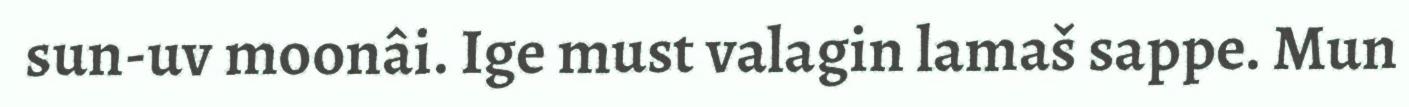
sun-uv moonâi. Ige must valagin lamaš sappe. Mun